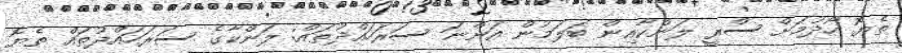
ތެޔޮ ހޯދުމަށް ސްރީ ލަންކާއިން ބަލަމުން އަންނަ ސަރަހައްދުތައް: ލަންކާގެ ސަރަހައްދުތައް ތެޔޮ